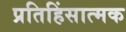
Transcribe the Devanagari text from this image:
प्रतिहिंसात्मक